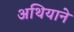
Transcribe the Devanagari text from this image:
अथियाने